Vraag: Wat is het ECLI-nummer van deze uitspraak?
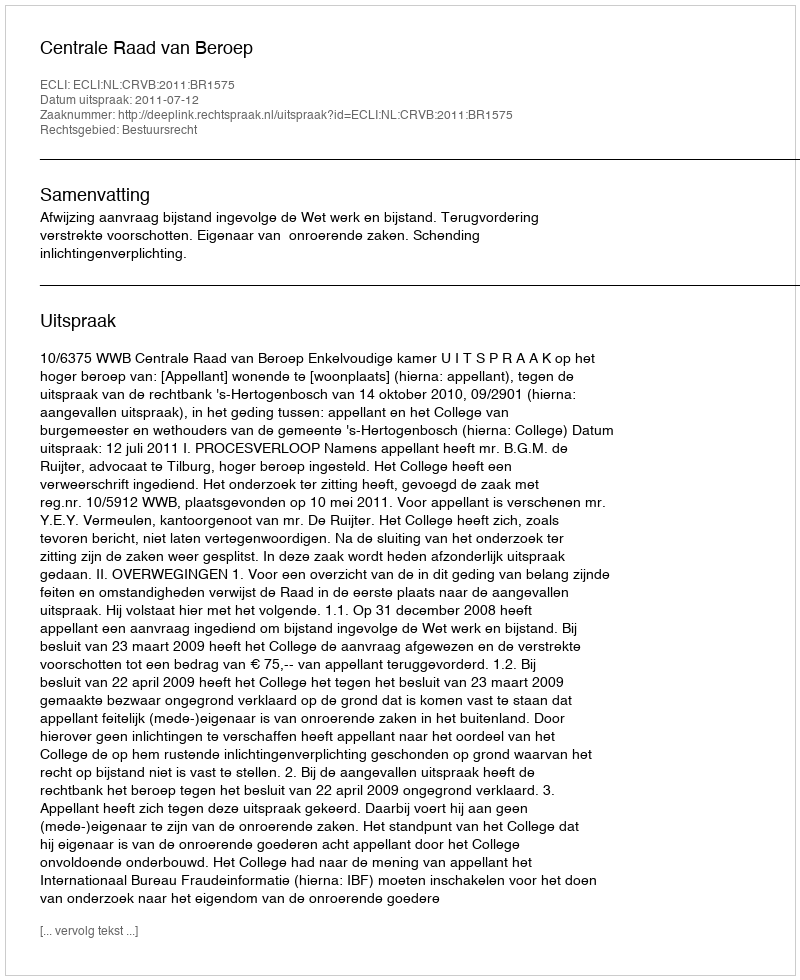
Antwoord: ECLI:NL:CRVB:2011:BR1575